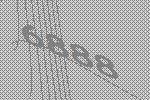
6888